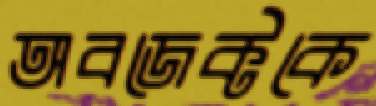
অবজেক্টকে